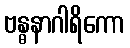
ဗန္ဓနာဂါရိကော